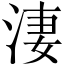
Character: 淒